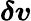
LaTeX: \boldsymbol{\delta\mathit{v}}